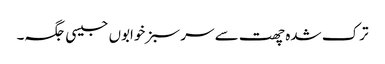
ترک شدہ چھت سے سر سبز خوابوں جیسی جگہ۔